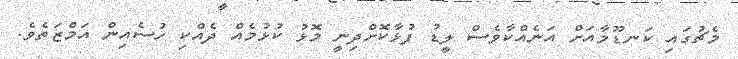
މެޗުގައި ކަނޑޫމާއަށް އަނެއްކާވެސް ލީޑު ފުޅާކޮށްދިނީ މޮޅު ކުޅުމެއް ދެއްކި ހުސެއިން އަމްޒަތެވެ.